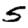
Digit: 5